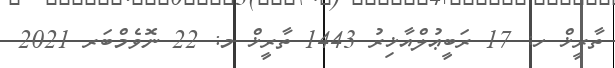
ތާރީޚް ހ: 17 ރަބީޢުލްއާޚިރު 1443 ތާރީޚް މ: 22 ނޮވެމްބަރ 2021